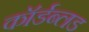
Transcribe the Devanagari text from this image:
कॉर्डब्लड